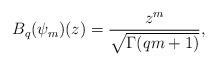
LaTeX: \begin{align*}B_q(\psi_m)(z)=\displaystyle \frac{z^m}{\sqrt{\Gamma(q m+1)}},\end{align*}